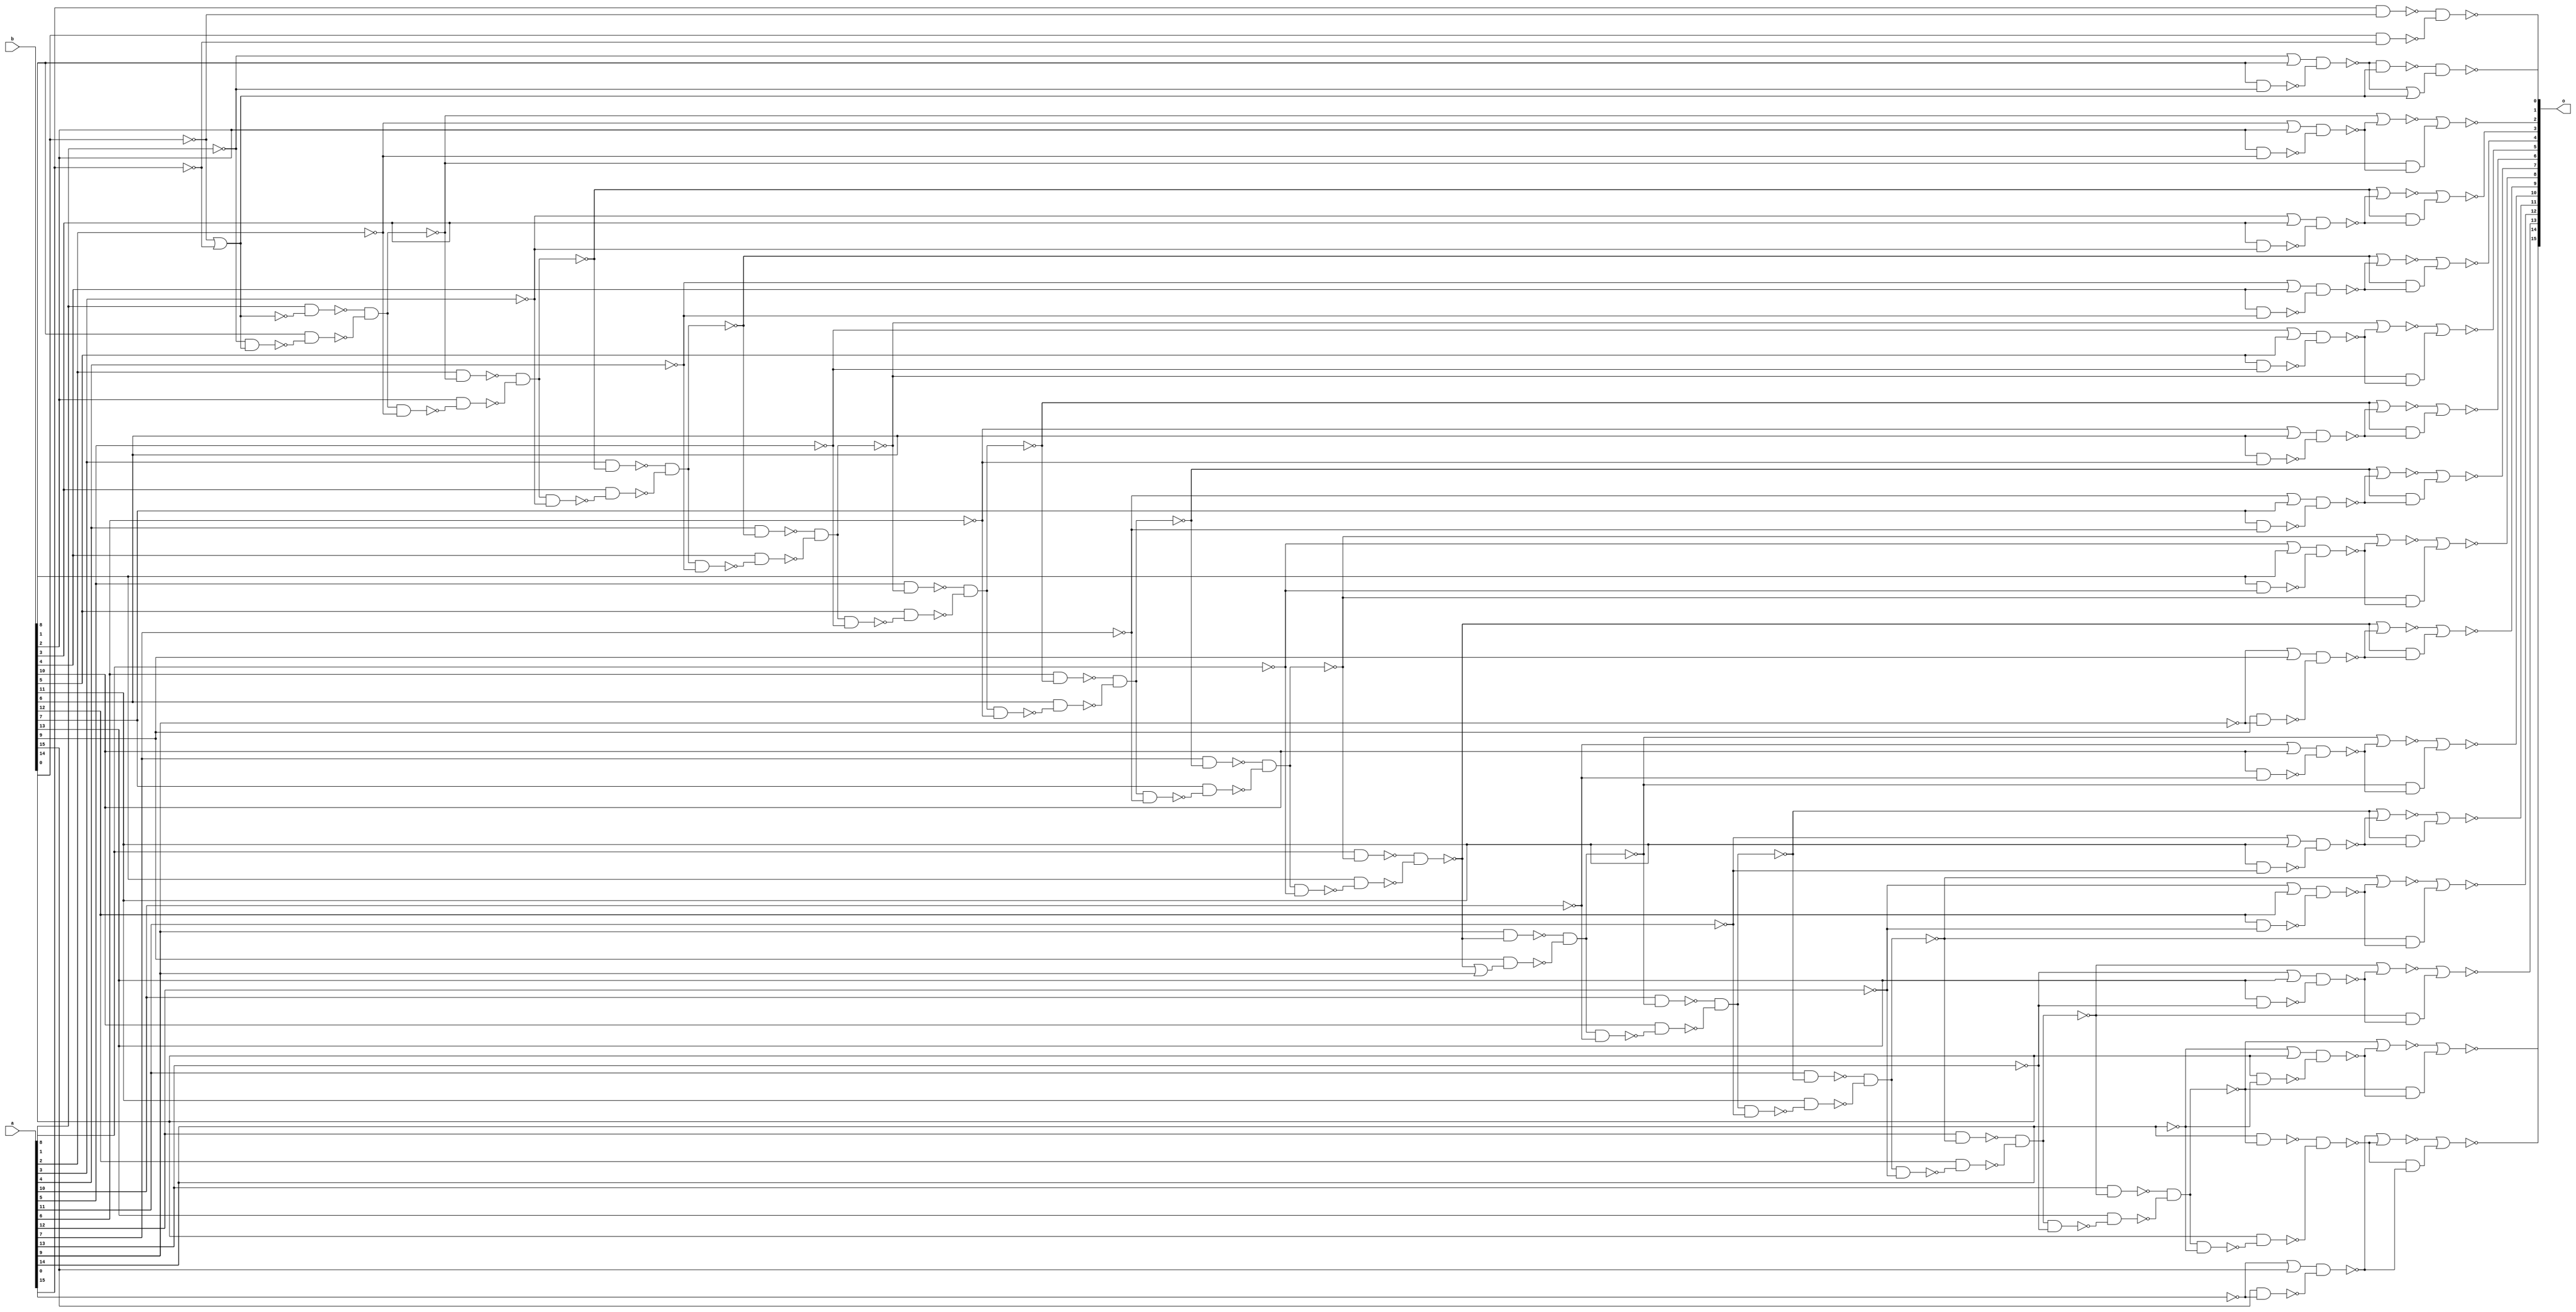
`timescale 1ns /1ps

module add1 ( o, a, b );
  output [15:0] o;
  input [15:0] a;
  input [15:0] b;
  wire   n1, n2, n3, n4, n5, n6, n7,
         n8, n9, n10, n11, n12, n13,
         n14, n15, n16, n17, n18, n19,
         n20, n21, n22, n23, n24, n25,
         n26, n27, n28, n29, n30, n31,
         n32, n33, n34, n35, n36, n37,
         n38, n39, n40, n41, n42, n43,
         n44, n45, n46, n47, n48, n49,
         n50, n51, n52, n53, n54, n55,
         n56, n57, n58, n59, n60, n61,
         n62, n63, n64, n65, n66, n67,
         n68, n69, n70, n71, n72, n73,
         n74, n75, n76, n77, n78, n79,
         n80, n81, n82, n83, n84, n85,
         n86, n87, n88, n89, n90, n91,
         n92, n93, n94, n95, n96, n97,
         n98, n99, n100, n101, n102, n103,
         n104, n105, n106, n107, n108,
         n109, n110, n111, n112, n113,
         n114, n115, n116, n117, n118,
         n119, n120, n121, n122, n123,
         n124, n125, n126, n127, n128,
         n129, n130, n131, n132, n133,
         n134, n135, n136, n137, n138,
         n139, n140, n141, n142, n143,
         n144, n145, n146, n147, n148,
         n149, n150, n151, n152, n153,
         n154, n155, n156, n157, n158,
         n159, n160, n161, n162, n163,
         n164;


  not	#(1.010) U4 ( n60, n160 );
  nor	#(1.432) U5 ( n160, n161, n162 );
  not	#(1.924) U6 ( n52, n156 );
  not	#(0.340) U7 ( n45, n152 );
  not	#(0.920) U8 ( n38, n148 );
  not	#(0.197) U9 ( n31, n144 );
  not	#(0.807) U10 ( n24, n140 );
  not	#(0.179) U11 ( n17, n136 );
  not	#(1.878) U12 ( n10, n132 );
  not	#(0.080) U13 ( n109, n107 );
  not	#(0.362) U14 ( n98, n96 );
  not	#(1.482) U15 ( n87, n85 );
  not	#(1.316) U16 ( n73, n71 );
  not	#(1.956) U17 ( n120, n118 );
  nor	#(1.449) U18 ( o[2], n50, n51 );
  and	#(0.225) U19 ( n51, n52, n53 );
  nor	#(0.646) U20 ( n50, n52, n53 );
  nand	#(0.592) U21 ( n53, n54, n55 );
  nor	#(1.762) U22 ( o[3], n43, n44 );
  and	#(0.331) U23 ( n44, n45, n46 );
  nor	#(0.068) U24 ( n43, n45, n46 );
  nand	#(0.466) U25 ( n46, n47, n48 );
  nor	#(1.628) U26 ( o[4], n36, n37 );
  and	#(0.535) U27 ( n37, n38, n39 );
  nor	#(1.244) U28 ( n36, n38, n39 );
  nand	#(1.998) U29 ( n39, n40, n41 );
  nor	#(0.570) U30 ( o[5], n29, n30 );
  and	#(0.929) U31 ( n30, n31, n32 );
  nor	#(0.902) U32 ( n29, n31, n32 );
  nand	#(0.994) U33 ( n32, n33, n34 );
  nor	#(0.210) U34 ( o[6], n22, n23 );
  and	#(0.520) U35 ( n23, n24, n25 );
  nor	#(1.417) U36 ( n22, n24, n25 );
  nand	#(1.138) U37 ( n25, n26, n27 );
  nor	#(0.057) U38 ( o[7], n15, n16 );
  and	#(0.097) U39 ( n16, n17, n18 );
  nor	#(1.457) U40 ( n15, n17, n18 );
  nand	#(0.321) U41 ( n18, n19, n20 );
  nor	#(1.763) U42 ( o[8], n8, n9 );
  and	#(1.733) U43 ( n9, n10, n11 );
  nor	#(0.729) U44 ( n8, n10, n11 );
  nand	#(0.637) U45 ( n11, n12, n13 );
  nor	#(0.388) U46 ( o[9], n1, n2 );
  and	#(1.224) U47 ( n2, n3, n4 );
  nor	#(1.914) U48 ( n1, n3, n4 );
  nand	#(0.847) U49 ( n4, n5, n6 );
  nor	#(0.253) U50 ( o[10], n121, n122 );
  and	#(0.785) U51 ( n122, n120, n123 );
  nor	#(1.825) U52 ( n121, n120, n123 );
  nand	#(1.132) U53 ( n123, n124, n125 );
  nor	#(1.940) U54 ( o[11], n110, n111 );
  and	#(0.309) U55 ( n111, n109, n112 );
  nor	#(0.882) U56 ( n110, n109, n112 );
  nand	#(0.940) U57 ( n112, n113, n114 );
  nor	#(1.989) U58 ( o[12], n99, n100 );
  and	#(0.508) U59 ( n100, n98, n101 );
  nor	#(0.936) U60 ( n99, n98, n101 );
  nand	#(1.748) U61 ( n101, n102, n103 );
  nor	#(1.877) U62 ( o[13], n88, n89 );
  and	#(0.245) U63 ( n89, n87, n90 );
  nor	#(0.530) U64 ( n88, n87, n90 );
  nand	#(1.540) U65 ( n90, n91, n92 );
  nor	#(1.818) U66 ( o[14], n77, n78 );
  and	#(1.369) U67 ( n78, n73, n79 );
  nor	#(1.639) U68 ( n77, n73, n79 );
  nand	#(0.826) U69 ( n79, n80, n81 );
  nor	#(1.965) U70 ( o[15], n64, n65 );
  and	#(1.363) U71 ( n65, n66, n67 );
  nor	#(0.969) U72 ( n64, n67, n66 );
  nand	#(1.007) U73 ( n66, n68, n69 );
  nand	#(0.569) U74 ( o[1], n57, n58 );
  or	#(1.132) U75 ( n58, n59, n60 );
  nand	#(1.863) U76 ( n57, n59, n60 );
  nand	#(0.898) U77 ( n59, n61, n62 );
  nand	#(1.649) U78 ( n3, n129, n130 );
  nand	#(0.218) U79 ( n129, a[8], n10 );
  nand	#(1.887) U80 ( n130, b[8], n131 );
  nand	#(0.226) U81 ( n131, n132, n14 );
  and	#(1.754) U82 ( n156, n157, n158 );
  nand	#(0.778) U83 ( n158, b[1], n159 );
  nand	#(0.149) U84 ( n157, a[1], n160 );
  nand	#(1.914) U85 ( n159, n63, n60 );
  and	#(0.365) U86 ( n152, n153, n154 );
  nand	#(0.627) U87 ( n153, a[2], n52 );
  nand	#(1.427) U88 ( n154, b[2], n155 );
  nand	#(1.957) U89 ( n155, n156, n56 );
  and	#(1.505) U90 ( n148, n149, n150 );
  nand	#(0.661) U91 ( n149, a[3], n45 );
  nand	#(1.154) U92 ( n150, b[3], n151 );
  nand	#(0.719) U93 ( n151, n152, n49 );
  and	#(1.118) U94 ( n144, n145, n146 );
  nand	#(0.964) U95 ( n145, a[4], n38 );
  nand	#(0.328) U96 ( n146, b[4], n147 );
  nand	#(0.438) U97 ( n147, n148, n42 );
  and	#(1.777) U98 ( n107, n115, n116 );
  nand	#(0.930) U99 ( n115, a[10], n120 );
  nand	#(0.414) U100 ( n116, b[10], n117 );
  nand	#(0.780) U101 ( n117, n118, n119 );
  and	#(1.296) U102 ( n140, n141, n142 );
  nand	#(1.692) U103 ( n141, a[5], n31 );
  nand	#(1.297) U104 ( n142, b[5], n143 );
  nand	#(1.233) U105 ( n143, n144, n35 );
  and	#(0.788) U106 ( n96, n104, n105 );
  nand	#(0.187) U107 ( n104, a[11], n109 );
  nand	#(0.346) U108 ( n105, b[11], n106 );
  nand	#(0.162) U109 ( n106, n107, n108 );
  and	#(0.747) U110 ( n136, n137, n138 );
  nand	#(1.156) U111 ( n137, a[6], n24 );
  nand	#(1.653) U112 ( n138, b[6], n139 );
  nand	#(1.338) U113 ( n139, n140, n28 );
  and	#(0.716) U114 ( n85, n93, n94 );
  nand	#(0.404) U115 ( n93, a[12], n98 );
  nand	#(1.512) U116 ( n94, b[12], n95 );
  nand	#(1.752) U117 ( n95, n96, n97 );
  and	#(1.092) U118 ( n132, n133, n134 );
  nand	#(1.621) U119 ( n133, a[7], n17 );
  nand	#(1.201) U120 ( n134, b[7], n135 );
  nand	#(1.529) U121 ( n135, n136, n21 );
  and	#(0.646) U122 ( n71, n82, n83 );
  nand	#(0.086) U123 ( n82, a[13], n87 );
  nand	#(1.122) U124 ( n83, b[13], n84 );
  nand	#(1.742) U125 ( n84, n85, n86 );
  and	#(0.302) U126 ( n118, n126, n127 );
  nand	#(1.561) U127 ( n127, b[9], n128 );
  nand	#(1.370) U128 ( n126, a[9], n3 );
  or	#(0.965) U129 ( n128, n3, a[9] );
  nand	#(0.762) U130 ( n67, n74, n75 );
  or	#(1.687) U131 ( n74, n76, b[15] );
  nand	#(0.793) U132 ( n75, b[15], n76 );
  not	#(0.348) U133 ( n76, a[15] );
  nand	#(0.512) U134 ( n55, b[2], n56 );
  nand	#(0.200) U135 ( n48, b[3], n49 );
  nand	#(1.594) U136 ( n41, b[4], n42 );
  nand	#(0.042) U137 ( n34, b[5], n35 );
  nand	#(1.795) U138 ( n27, b[6], n28 );
  nand	#(1.271) U139 ( n20, b[7], n21 );
  nand	#(1.558) U140 ( n13, b[8], n14 );
  nand	#(0.791) U141 ( n125, b[10], n119 );
  nand	#(1.097) U142 ( n114, b[11], n108 );
  nand	#(0.296) U143 ( n103, b[12], n97 );
  nand	#(0.944) U144 ( n92, b[13], n86 );
  nand	#(1.490) U145 ( n81, b[14], n72 );
  nand	#(1.719) U146 ( n62, b[1], n63 );
  nand	#(0.428) U147 ( n69, b[14], n70 );
  nand	#(0.123) U148 ( n70, n71, n72 );
  nand	#(0.525) U149 ( n68, a[14], n73 );
  not	#(0.990) U150 ( n56, a[2] );
  not	#(1.187) U151 ( n49, a[3] );
  not	#(1.012) U152 ( n42, a[4] );
  not	#(1.726) U153 ( n35, a[5] );
  not	#(1.692) U154 ( n28, a[6] );
  not	#(0.438) U155 ( n21, a[7] );
  not	#(0.375) U156 ( n14, a[8] );
  not	#(0.709) U157 ( n119, a[10] );
  not	#(0.250) U158 ( n108, a[11] );
  not	#(0.074) U159 ( n97, a[12] );
  not	#(0.045) U160 ( n86, a[13] );
  not	#(0.459) U161 ( n72, a[14] );
  nand	#(1.255) U162 ( n6, b[9], n7 );
  not	#(0.685) U163 ( n63, a[1] );
  not	#(0.140) U164 ( n161, b[0] );
  not	#(1.936) U165 ( n162, a[0] );
  nand	#(0.886) U166 ( o[0], n163, n164 );
  nand	#(1.564) U167 ( n163, a[0], n161 );
  nand	#(0.325) U168 ( n164, b[0], n162 );
  or	#(0.537) U169 ( n61, n63, b[1] );
  or	#(0.779) U170 ( n54, n56, b[2] );
  or	#(1.321) U171 ( n47, n49, b[3] );
  or	#(1.190) U172 ( n40, n42, b[4] );
  or	#(0.210) U173 ( n33, n35, b[5] );
  or	#(0.926) U174 ( n26, n28, b[6] );
  or	#(1.456) U175 ( n19, n21, b[7] );
  or	#(0.803) U176 ( n12, n14, b[8] );
  or	#(0.051) U177 ( n5, n7, b[9] );
  or	#(1.153) U178 ( n124, n119, b[10] );
  or	#(0.177) U179 ( n113, n108, b[11] );
  or	#(0.501) U180 ( n102, n97, b[12] );
  or	#(1.172) U181 ( n91, n86, b[13] );
  or	#(1.737) U182 ( n80, n72, b[14] );
  not	#(0.784) U183 ( n7, a[9] );
endmodule